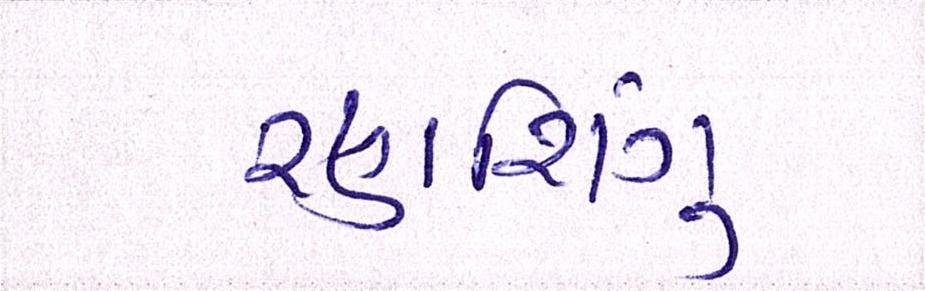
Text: રણશિંગુ